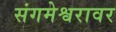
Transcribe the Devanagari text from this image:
संगमेश्वरावर